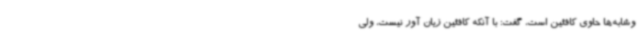
وشابه‌ها حاوی کافئین است، گفت: با آنکه کافئین زیان آور نیست، ولی